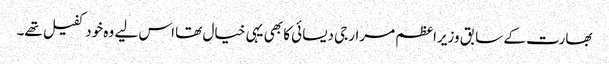
بھارت کے سابق وزیراعظم مرارجی دیسائی کا بھی یہی خیال تھا اس لیے وہ خود کفیل تھے۔